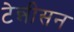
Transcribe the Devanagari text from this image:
टेन्नीसन